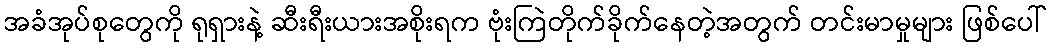
အခံအုပ်စုတွေကို ရုရှားနဲ့ ဆီးရီးယားအစိုးရက ဗုံးကြဲတိုက်ခိုက်နေတဲ့အတွက် တင်းမာမှုများ ဖြစ်ပေါ်